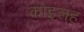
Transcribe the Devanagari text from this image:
कोइलह